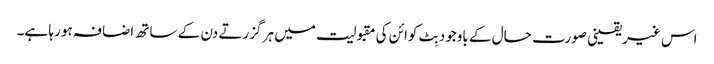
اس غیریقینی صورت حال کے باوجود بِٹ کوائن کی مقبولیت میں ہر گزرتے دن کے ساتھ اضافہ ہو رہا ہے۔